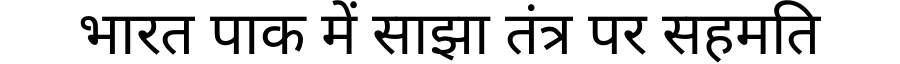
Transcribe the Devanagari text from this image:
भारत पाक में साझा तंत्र पर सहमति